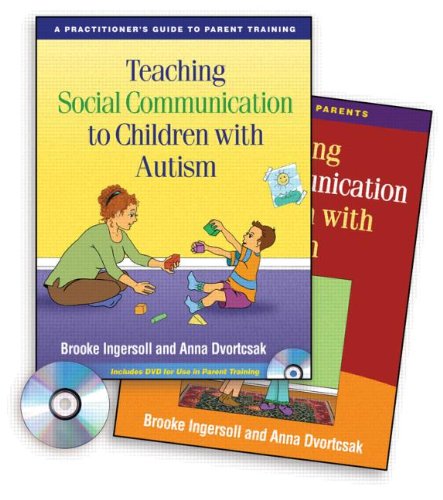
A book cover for Teaching Social Communication to Children with Autism: A Practitioner's Guide to Parent Training / A Manual for Parents (2 Volume Set); Brooke Ingersoll; Health, Fitness & Dieting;